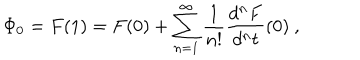
\Phi _ { 0 } = F ( 1 ) = F ( 0 ) + \sum _ { n = 1 } ^ { \infty } \frac { 1 } { n ! } \frac { d ^ { n } F } { d ^ { n } t } ( 0 ) \ ,